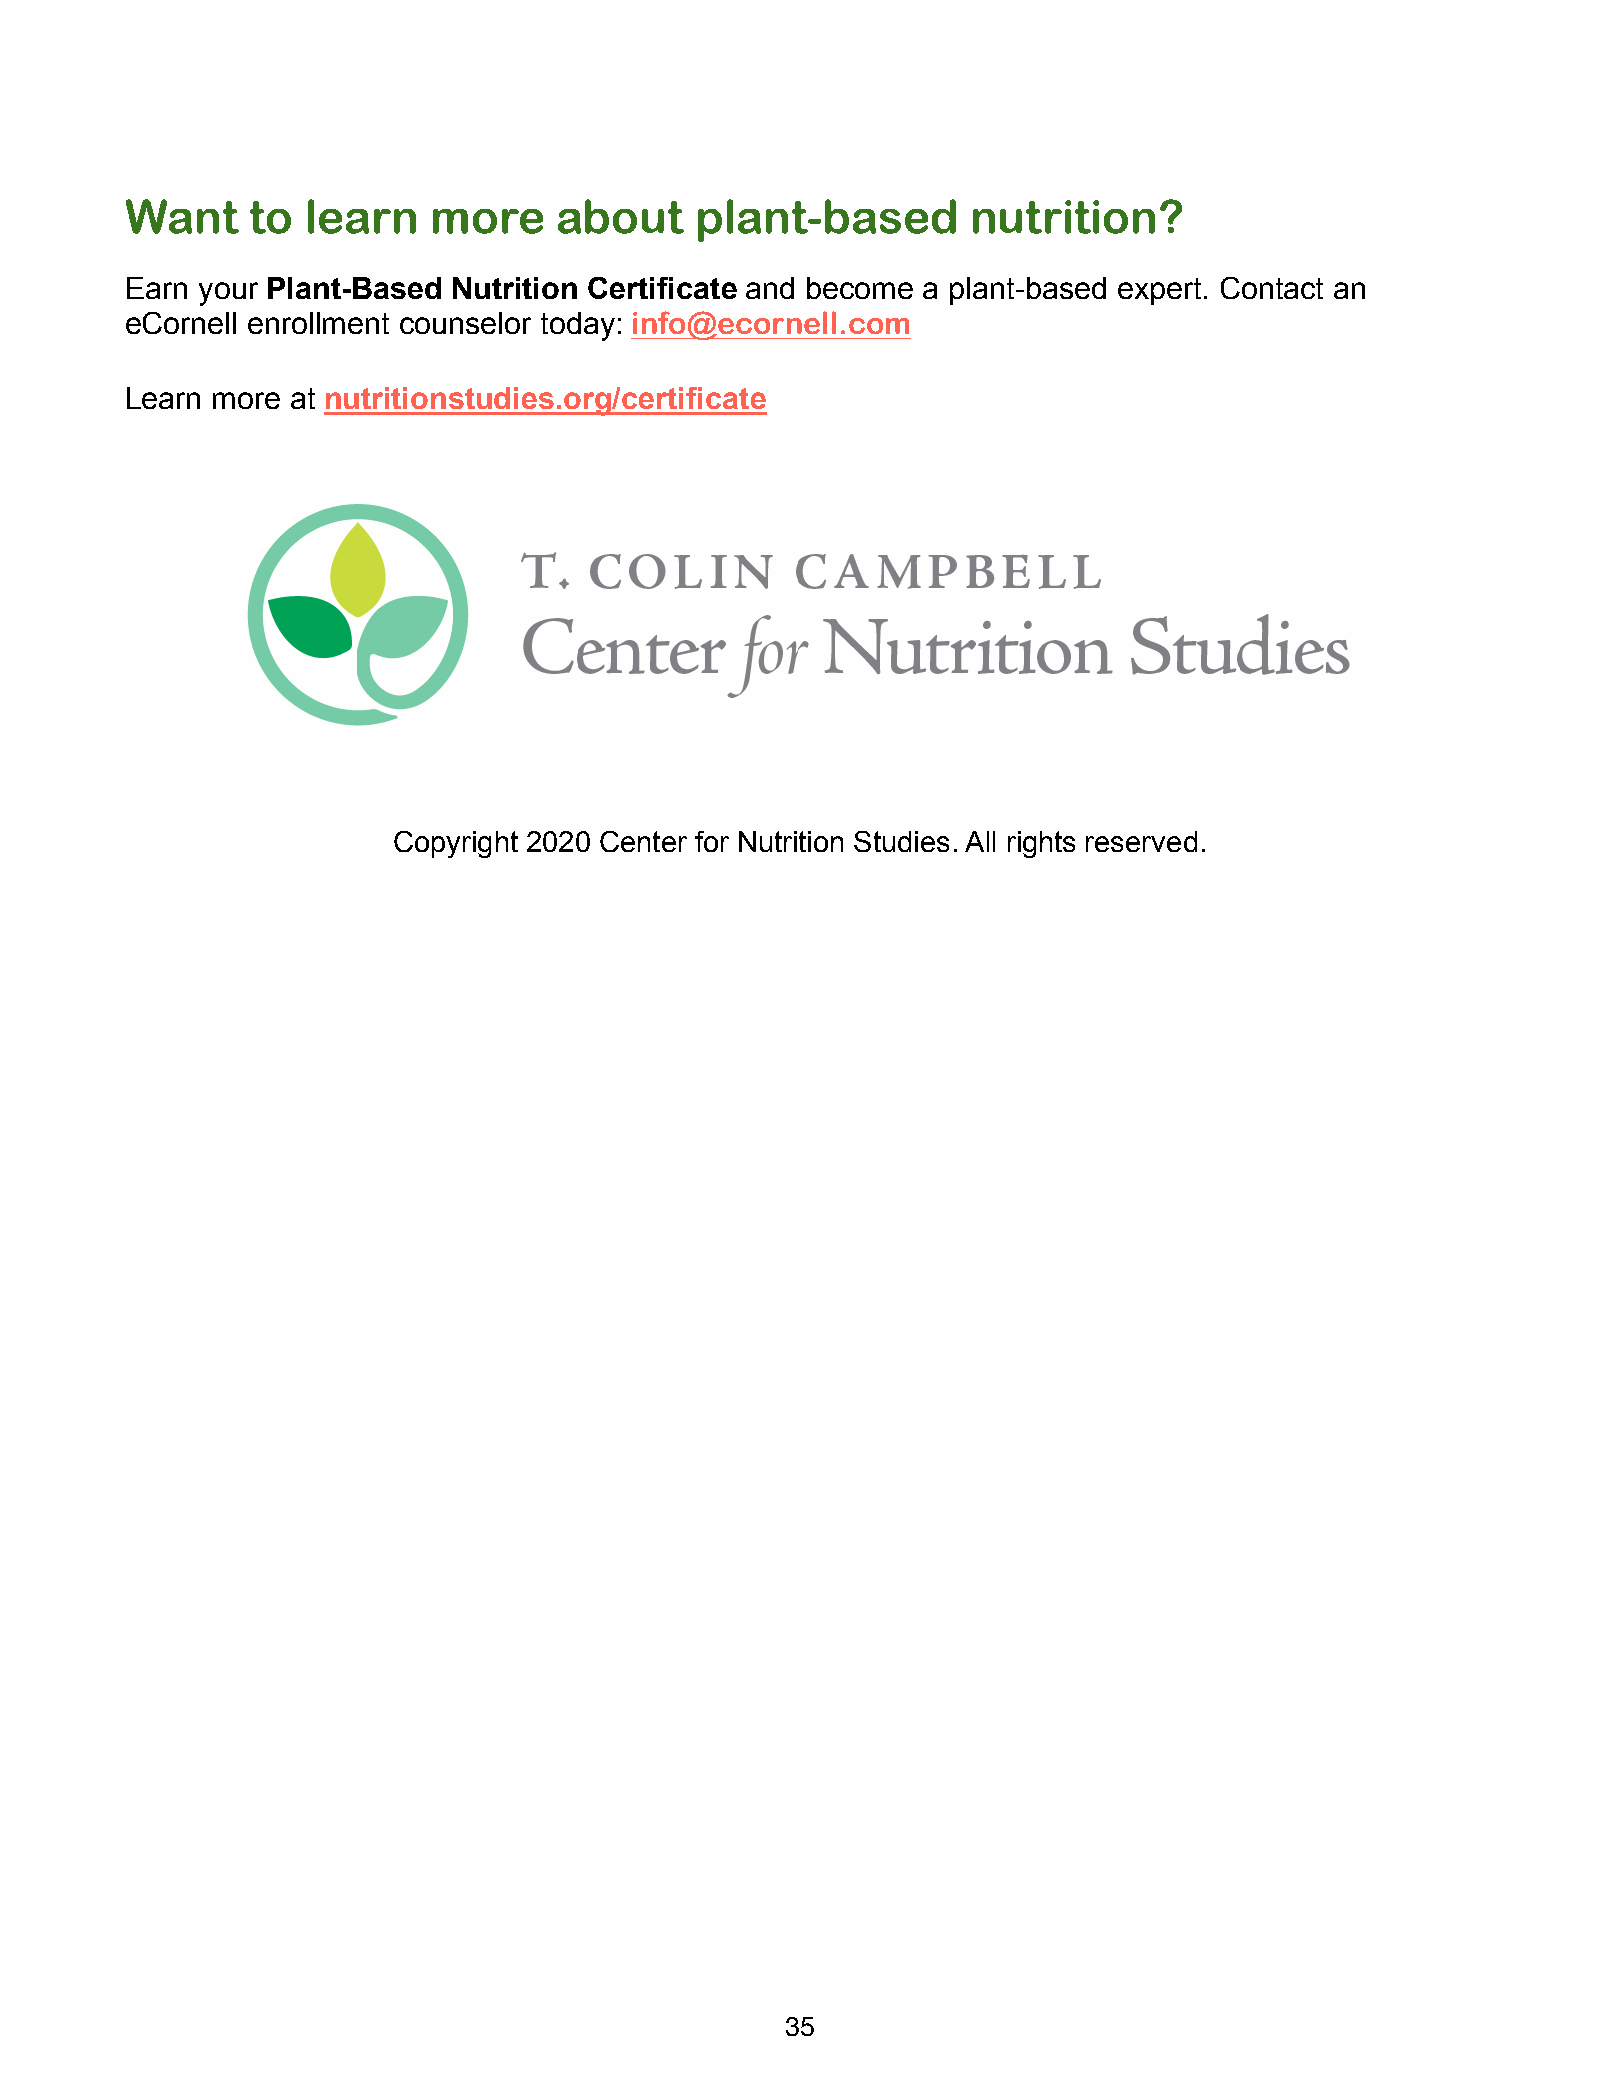
Want     to learn    more    about    plant-based       nutrition?
 Earn your Plant-Based Nutrition Certificate and become a plant-based expert. Contact an
 eCornell enrollment counselor today: info@ecornell.com
 Learn more at nutritionstudies.org/certificate
 Copyright 2020 Center for Nutrition Studies. All rights reserved.
 35